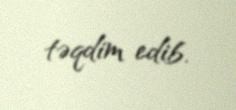
təqdim edib.